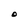
Character: O